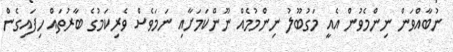
ނުބާއްވަން ނިންމެވުން އެއީ މަގުބޫލު ނިންމުމެއް ނޫންކަމަށާއި ނަމަވެސް ވެރިކަމުގެ ބާރުތައް ހިފައިގެން